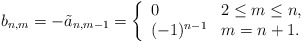
\begin{align*} b_{n,m}=-\tilde{a}_{n,m-1}=\left\{ \begin{array}{ll} 0 & 2\leq m\leq n,\\ (-1)^{n-1} & m=n+1. \end{array}\right.\end{align*}